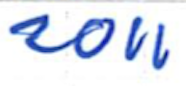
Text: 2011
Cross-out: clean
Writing tool: ballpoint